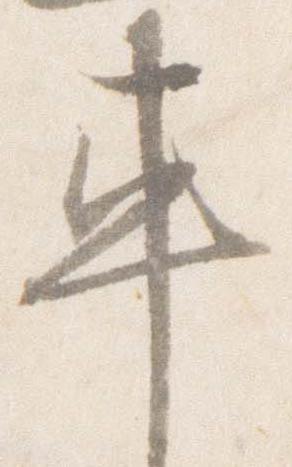
車